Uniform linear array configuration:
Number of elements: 24
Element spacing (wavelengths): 0.5
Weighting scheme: binomial
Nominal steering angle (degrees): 45
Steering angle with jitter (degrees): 45.142
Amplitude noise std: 0.05
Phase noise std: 0.05

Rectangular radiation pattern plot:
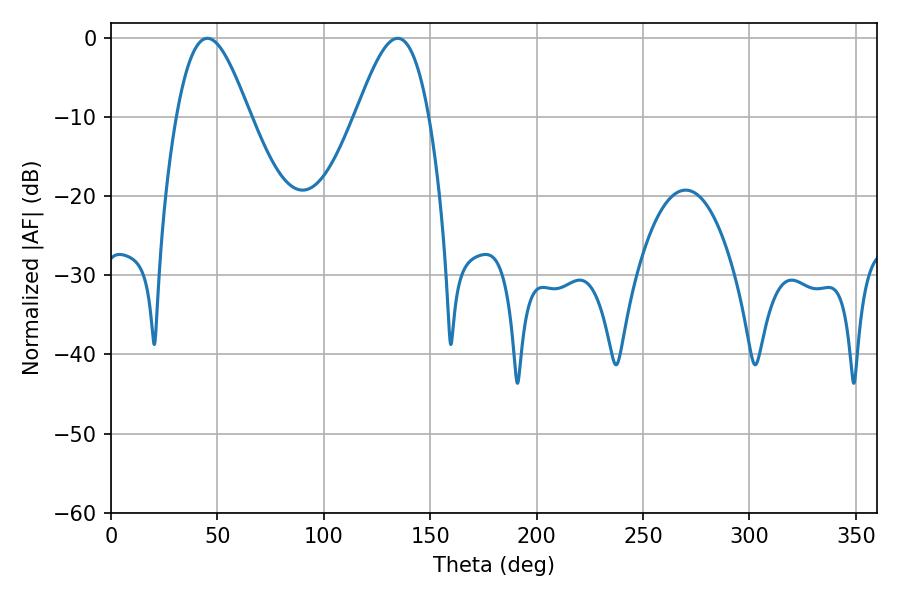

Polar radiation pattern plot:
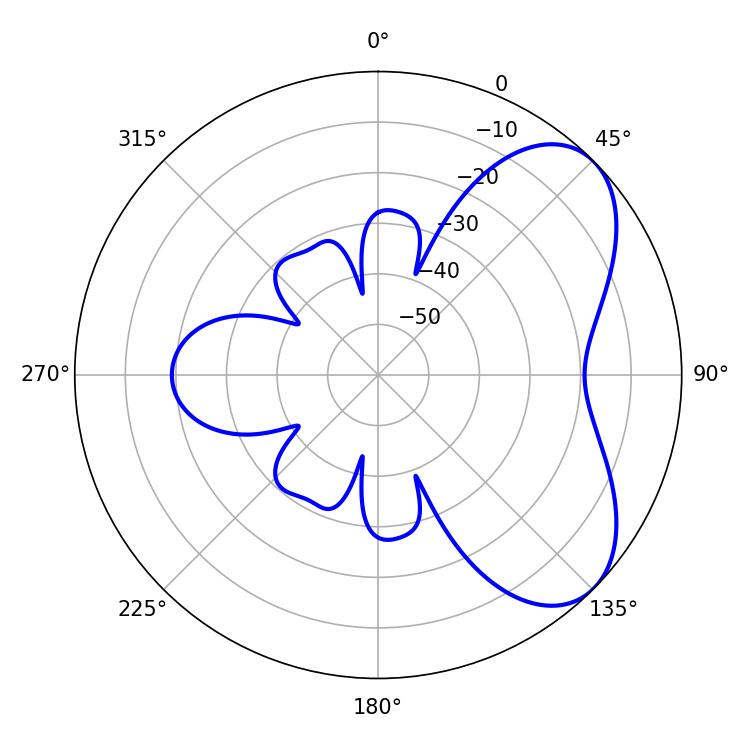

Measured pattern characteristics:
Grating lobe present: FALSE
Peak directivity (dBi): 5.884
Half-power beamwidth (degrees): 18.36
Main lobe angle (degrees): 134.64